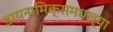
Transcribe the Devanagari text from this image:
डायनामिक्समधल्या